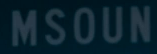
MSOUN